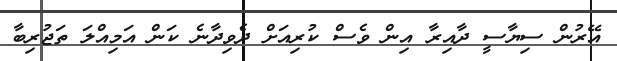
އޭރުން ސިޔާސީ ދާއިރާ އިން ވެސް ކުރިއަށް ދެވިދާނެ ކަން އަމިއްލަ ތަޖުރިބާ